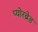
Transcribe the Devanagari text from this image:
प्योरब्रेड